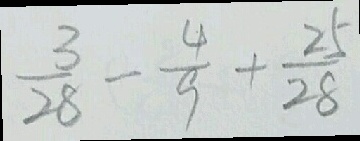
\frac { 3 } { 2 8 } - \frac { 4 } { 9 } + \frac { 2 5 } { 2 8 }